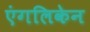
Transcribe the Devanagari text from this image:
एंगलिकेन